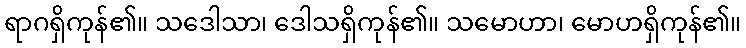
ရာဂရှိကုန်၏။ သဒေါသာ၊ ဒေါသရှိကုန်၏။ သမောဟာ၊ မောဟရှိကုန်၏။